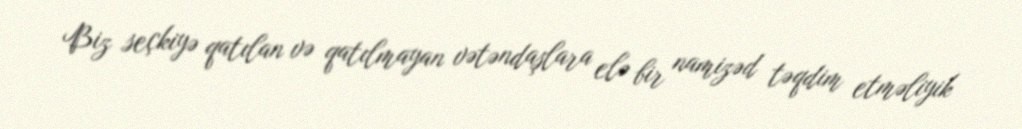
Biz seçkiyə qatılan və qatılmayan vətəndaşlara elə bir namizəd təqdim etməliyik